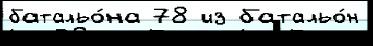
батальо́на 78 из батальо́н